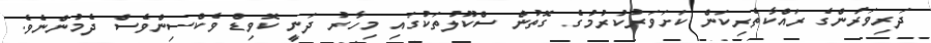
ދަރިވަރުންގެ ރައްކާތެރިކަން ކަށަވަރުކުރުމުގެ ގޮތުން ސްކޫލުތަކުގައި މިހާރު ދަނީ ކޮވިޑް ވެކްސިންވެސް ދެމުންނެވެ.